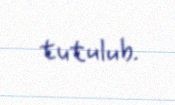
tutulub.